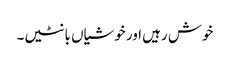
خوش رہیں اور خوشیاں بانٹیں۔